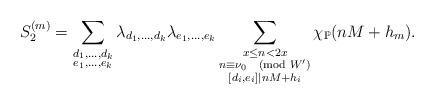
LaTeX: \begin{align*}S^{(m)}_2=\sum_{\substack{d_1,\ldots,d_k\\e_1,\ldots,e_k}}\lambda_{d_1,\ldots,d_k}\lambda_{e_1,\ldots,e_k}\sum_{\substack{x\leq n<2x\\n\equiv \nu_0\pmod{W^\prime}\\ [d_i,e_i]\mid nM+h_i}}\chi_\mathbb{P}(nM+h_m).\end{align*}